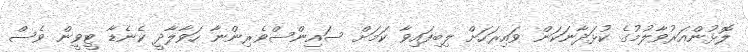
ލޮޅުންއަރުވާލުމުގެ ކުޅަދާނަކަން ވައިރަހަށް ލިބިފައިވާ ކަމަށް ސައިންސްވެރިންނާ ހަވާލާދީ ކެނެޑާ ޓީވީން ވެސް